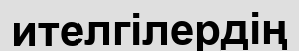
ителгілердің